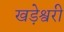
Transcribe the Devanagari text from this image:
खड़ेश्वरी